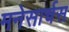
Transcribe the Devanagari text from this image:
मनेसार्चस